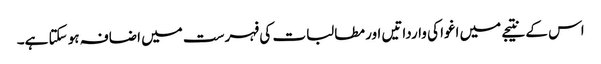
اس کے نتیجے میں اغوا کی وارداتیں اور مطالبات کی فہرست میں اضافہ ہو سکتا ہے۔